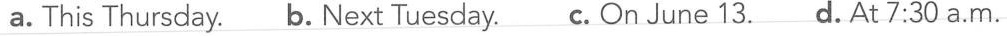
a. This Thursday.B. Next Tuesday. C. On June d. At 7:30 a.m.